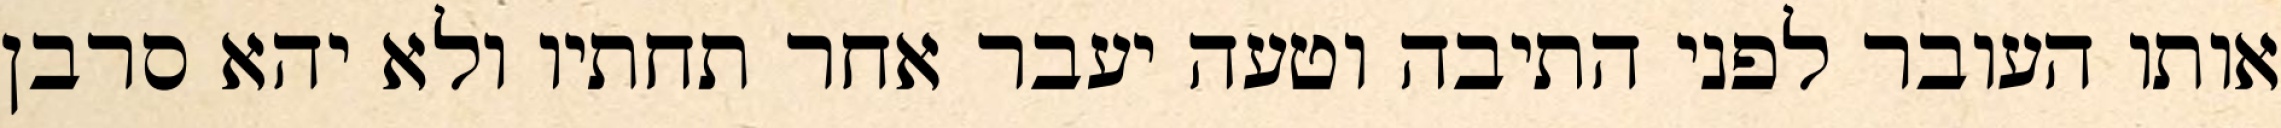
אותו העובר לפני התיבה וטעה יעבר אחר תחתיו ולא יהא סרבן